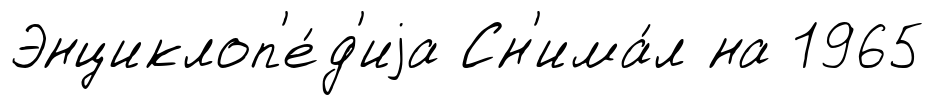
Энциклоп'е́д'иjа Сн'има́л на 1965